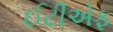
ઈટીએફ